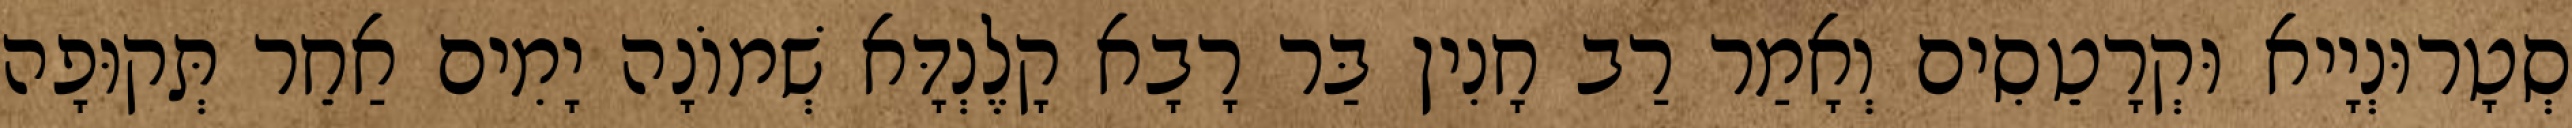
סְטָרוּנְיָיא וּקְרָטֵסִים וְאָמַר רַב חָנִין בַּר רָבָא קָלֶנְדָּא שְׁמוֹנָה יָמִים אַחֵר תְּקוּפָה